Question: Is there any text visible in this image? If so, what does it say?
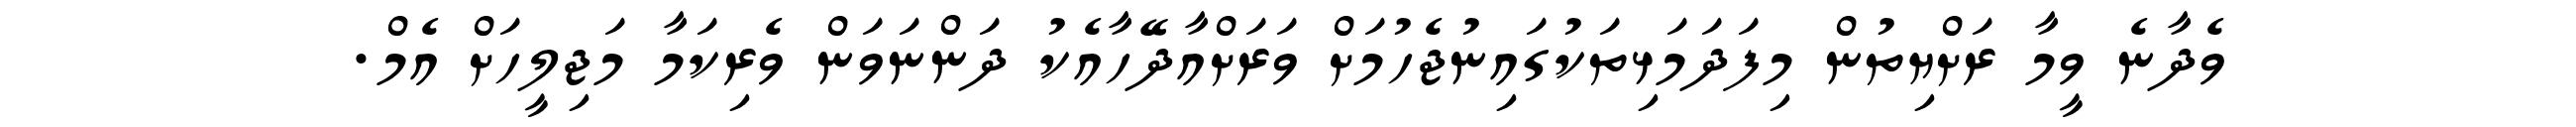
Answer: ވެދާނެ ވީމާ ރަށްޔިތުން މިފަދަމަޅިތަކުގައިނުޖެހުމަށް ވަރަށްއާދޭހާއެކު ދަންނަވަން ވެރިކަމާ މަޖިލީހަށް އެމް.